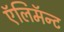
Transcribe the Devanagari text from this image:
ऍलिमॅन्ट